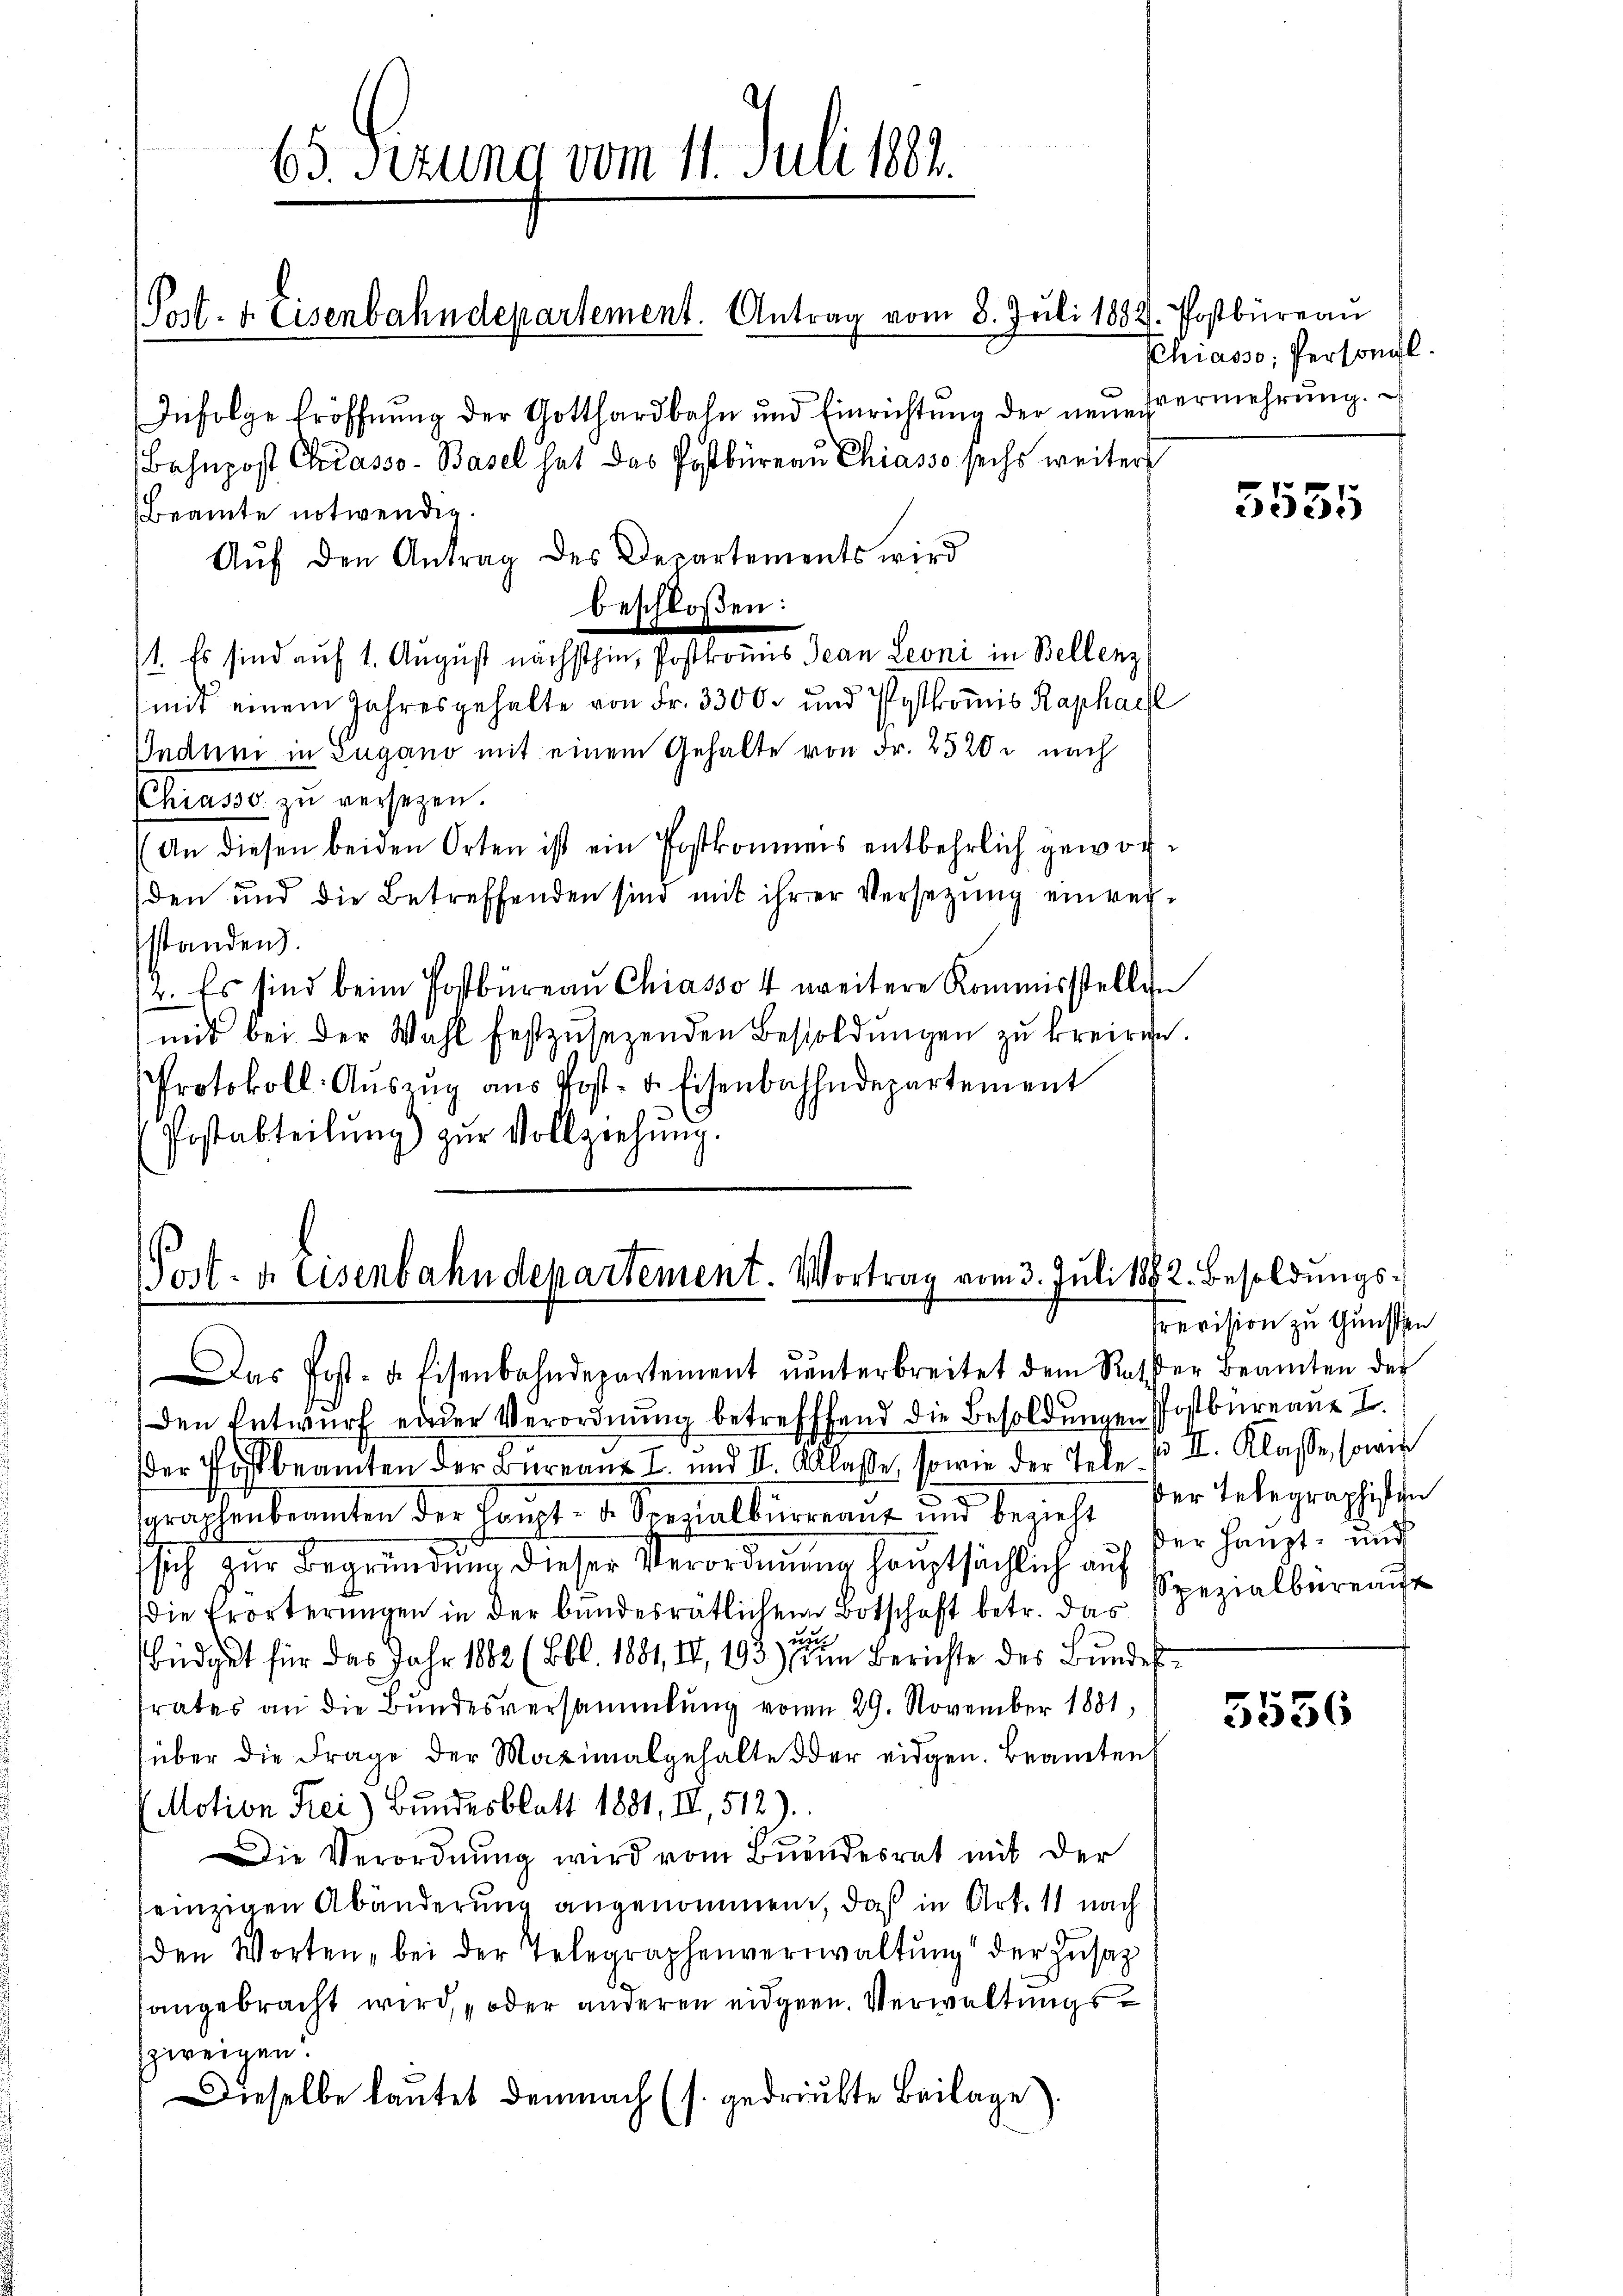
Post- u. Eisenbahndepartement. Antrag vom 8. Juli 1882. Postbüreau

65. Fezung vom 11. Juli 1881.

Infolge Eröffnung der Gotthardbahn und Einrichtung der neuervermehrung.
s
Bahnpost Chiasso- Basel hat das Postbüreau Chiasso sechs weiter
Beamte notwenden.
Aŭf den Antrag des Departements wird
beschloßen:
1. Es sind auf 1. August nächsthin, Postkomis Jean Leoni in Bellenz
mit einem Jahresgehalte von Fr. 3300. und Pytkomis Raphael
Undum in Zugano mit einem Gehalte von Fr. 2520. nach
Chiasso zu versetzen.
An diesen beiden Orten ist ein Postkommens entbehrlich geworden und die Betreffenden sind mit ihrer Versetzŭng einverstanden.
2. Es sind beim Postbüreau Chiasso 4 weitere Kommisstellen
mit bei der Wahl festzusetzenden Besoldungen zu breiren.
Protokoll-Aŭszŭg ans Post- u. Eisenbahndepartement
Postabteilung) zŭr Vollziehung.

PPost- & Eisenbahndepartement. Vortrag vom 3. Juli 1882. Besoldungs¬
Das Post- u. Eisenbahndepartement ŭnterbreitet dem Rather Beamten der

Den Entwurf einder Verordnung betreffend die Besoldungen Postbüreaus I.
der Postbeamten der Bureau I. und II. Klasse, sowie der Tele u. II. Klasse, sowie
graphenberamten der Haŭpt- u. Specialbürgeant und bezieht der Telegraphische
sich zur Begründung dieser Verordnung hauptsächlich auf
die Erörterŭngen in der bundesrätlichen Botschaft betr. das spezialbüreau
un
Büdget für das Jahr 1882 (Bbl. 1881, II, 193 im Berichte des Bundesfrates an die Bundesversammlung von 29. November 1881,
über die Frage der Maximalgehalte oder eidgen. Beamten
(Motion Frei) Bundesblatt 1881, II, 512).
.
Die Verordnŭng wird vom Bundesrat mit der
seinzigen Abänderung angenommen, daß in Art. 11 nach
den Worten, bei der Telegraphenverwaltŭng der Zŭsaz
sangebracht wird, oder anderen eidgen. Verwaltungsszweigen.
Dieselbe lautet demnach (s. gedrückte Beilage).

Chiasso, Persongl.

5535

Prevision zu Gunsten
ßer Haupt- und

5556